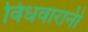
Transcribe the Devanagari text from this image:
विधवारानी